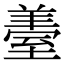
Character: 𦥈